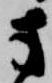
方